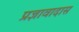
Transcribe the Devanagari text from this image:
प्रज्ञावादास